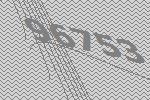
96753